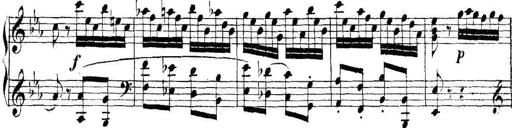
Title: Collected Piano Sonatas
Composer: Muzio Clementi